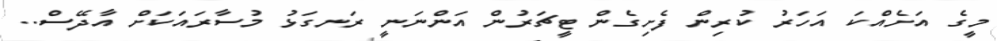
މީގެ އަށެއްކަ އަހަރު ކުރިން ފެށިގެން ޓީޗަރުން އަންނަނީ ރަނގަޅު މުސާރައަކަށް އާދޭސް..